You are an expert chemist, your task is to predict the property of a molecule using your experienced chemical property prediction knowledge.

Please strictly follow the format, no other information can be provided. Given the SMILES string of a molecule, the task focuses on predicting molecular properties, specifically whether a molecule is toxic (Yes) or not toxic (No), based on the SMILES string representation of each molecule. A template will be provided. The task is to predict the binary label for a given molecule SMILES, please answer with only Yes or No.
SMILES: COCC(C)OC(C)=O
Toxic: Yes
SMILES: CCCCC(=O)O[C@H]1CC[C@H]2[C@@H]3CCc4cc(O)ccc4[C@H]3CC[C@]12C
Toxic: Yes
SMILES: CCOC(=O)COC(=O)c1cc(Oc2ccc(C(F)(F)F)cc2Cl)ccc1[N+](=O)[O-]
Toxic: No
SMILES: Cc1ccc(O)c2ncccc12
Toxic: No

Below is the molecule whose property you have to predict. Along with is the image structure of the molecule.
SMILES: CCCC[P+](CC)(CCCC)CCCC.CCOP(=O)([O-])OCC
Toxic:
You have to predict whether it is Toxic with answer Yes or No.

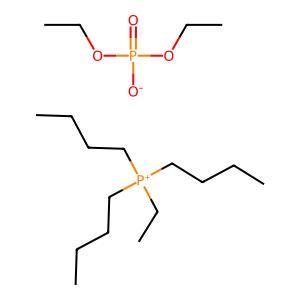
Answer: No